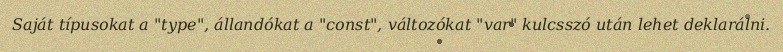
Saját típusokat a "type", állandókat a "const", változókat "var" kulcsszó után lehet deklarálni.